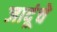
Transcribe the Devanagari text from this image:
जादूंचे